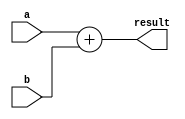
//-----------------------------------------------------------------------------
// Title         : ALU Behavioral Model
// Project       : Computer Organization
//-----------------------------------------------------------------------------
//-----------------------------------------------------------------------------
// Description :
//   Behavioral model of 32-bit adder  used in the implementations of the MIPS processor
//   subset described in Ch. 5-6 of "Computer Organization and Design, 3rd ed."
//   by David Patterson & John Hennessey, Morgan Kaufmann, 2004 (COD3e).  
//
//-----------------------------------------------------------------------------

module add32(a, b, result);
  input [31:0] a, b;
  output [31:0] result;

  assign result = a + b;
endmodule